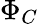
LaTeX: \Phi_{C}